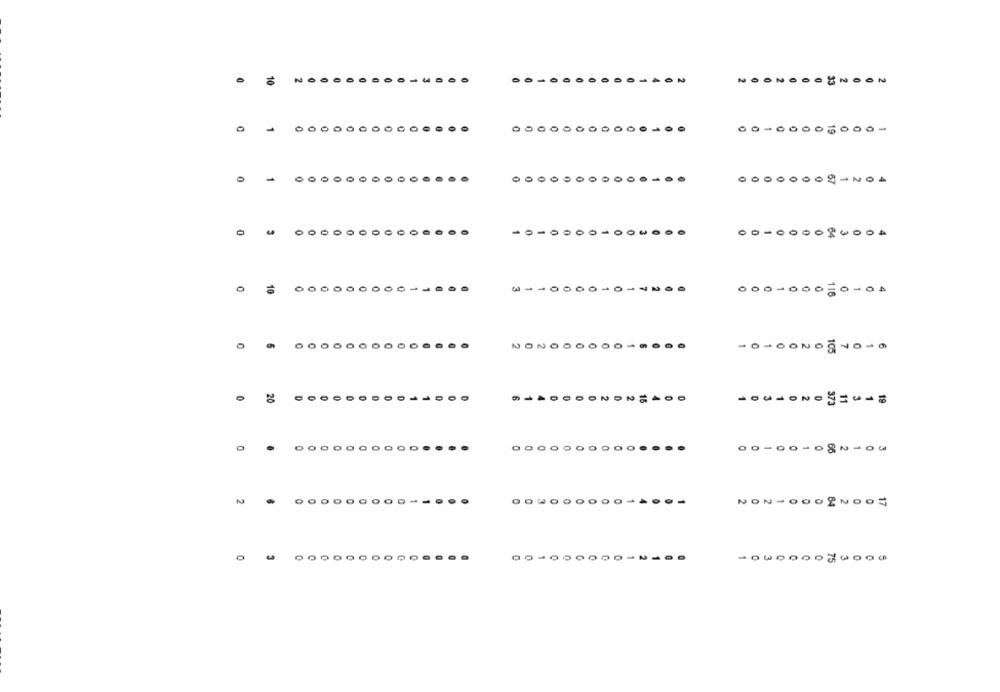
0
0
0
0
0
0000000
0
0
0
0
0
0
0
0
0
0
0
0
0
10
-
0
0
0
A
115
0
0
0
NO
10
20
15
N
37-
11
19
0
.
O
0
OO
...
00 -00
56
O
0
O
0
O
....
0
0
0
-...
17
-
75
Cn